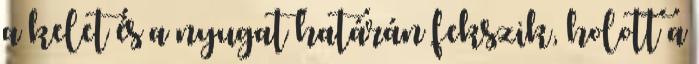
a kelet és a nyugat határán fekszik, holott a